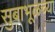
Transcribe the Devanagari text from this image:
सुबाभूळच्या